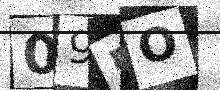
Text: 095O